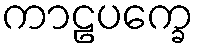
ကာဠပက္ခေ